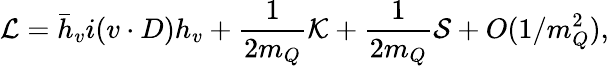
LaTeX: {\cal L}=\bar{h}_{v}i(v\cdot D)h_{v}+\frac{1}{2m_{Q}}{\cal K}+\frac{1}{2m_{Q}}{\cal S}+O(1/m_{Q}^{2}),